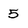
Character: 5